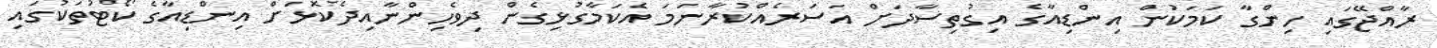
ރާއްޖޭގައި ހިންގާ ކަމަކުން އިންޑިއާގެ އިގުތިސާދަށް އަސަރެއްކުރާނަމަ އެކަމާގުޅިގެން ދިވެހިންނާއިދެކޮޅަށް އިންޑިއާގެ ކޯޓުތަކުގައި